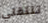
تنتقلي